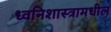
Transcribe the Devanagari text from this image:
ध्वनिशास्त्रामधील